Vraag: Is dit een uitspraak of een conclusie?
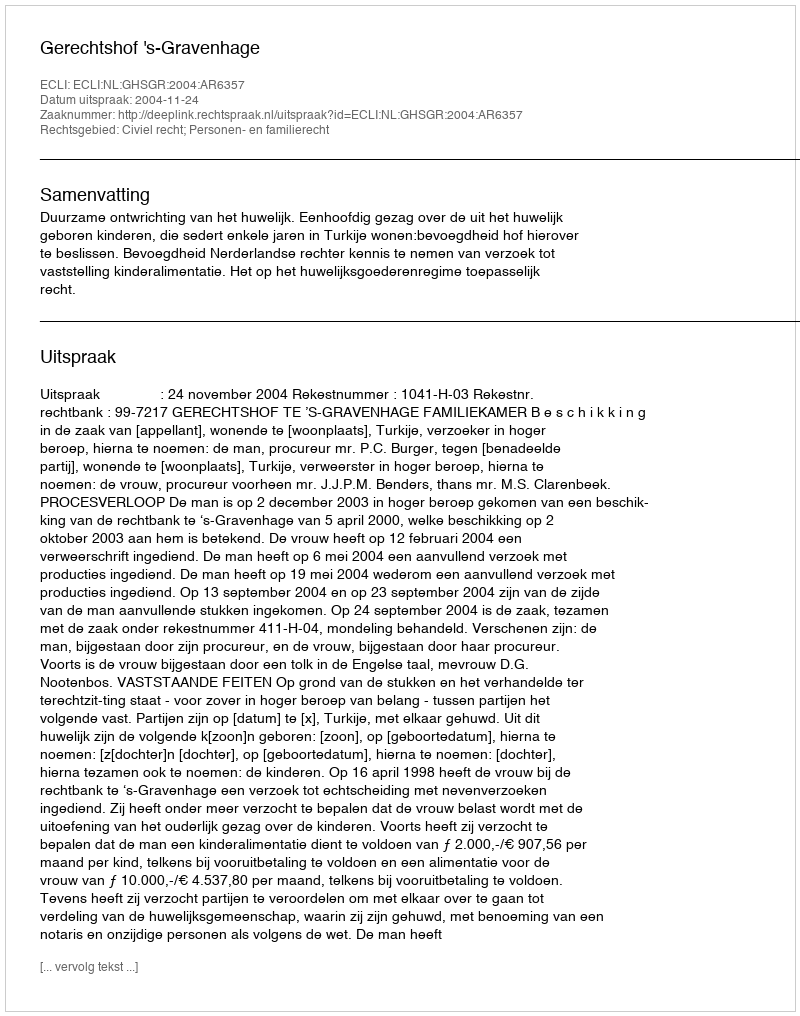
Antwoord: Uitspraak